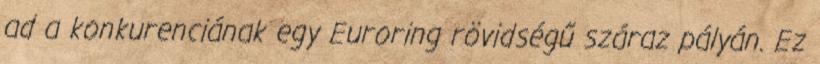
ad a konkurenciának egy Euroring rövidségű száraz pályán. Ez